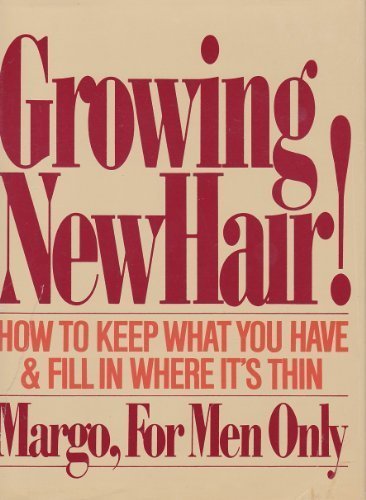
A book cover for Growing New Hair: How to Keep What You Have and Fill in Where It's Thin, by Margo for Men Only; Margo; Health, Fitness & Dieting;